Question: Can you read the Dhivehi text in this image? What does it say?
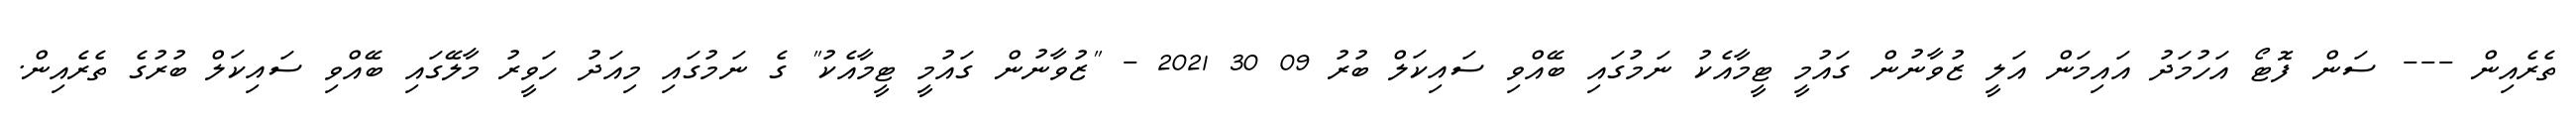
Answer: ތެރެއިން --- ސަން ފޮޓޯ އަހުމަދު އައިމަން އަލީ ޒުވާނުން ގައުމީ ޓީމާއެކު ނަމުގައި ބޭއްވި ސައިކަލް ބުރު 09 30 2021 - "ޒުވާނުން ގައުމީ ޓީމާއެކު" ގެ ނަމުގައި މިއަދު ހަވީރު މާލޭގައި ބޭއްވި ސައިކަލް ބުރުގެ ތެރެއިން.